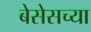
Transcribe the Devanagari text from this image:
बेसेसच्या